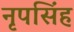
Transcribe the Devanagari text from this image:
नृपसिंह